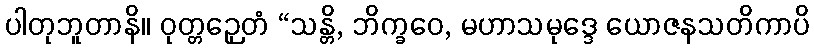
ပါတုဘူတာနိ။ ဝုတ္တဉှေတံ “သန္တိ, ဘိက္ခဝေ, မဟာသမုဒ္ဒေ ယောဇနသတိကာပိ